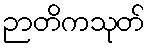
ဉာတိကသုတ်